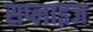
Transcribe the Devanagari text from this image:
सप्लाइज